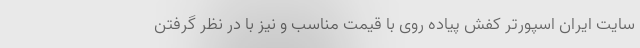
سایت ایران اسپورتر کفش پیاده روی با قیمت مناسب و نیز با در نظر گرفتن